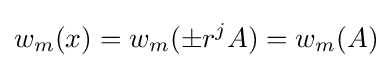
w_{m}(x)=w_{m}(\pm r^{j}A)=w_{m}(A)